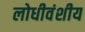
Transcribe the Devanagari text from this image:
लोधीवंशीय